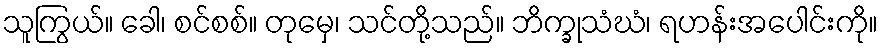
သူကြွယ်။ ခေါ၊ စင်စစ်။ တုမှေ၊ သင်တို့သည်။ ဘိက္ခုသံဃံ၊ ရဟန်းအပေါင်းကို။